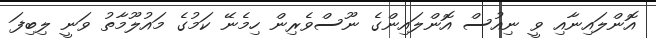
އޮންލައިނާއި ވީ ނިއުސް އޮންލައިންގެ ނޫސްވެރިން ހިމެނޭ ކަމުގެ މައުލޫމާތު ވަނީ ލިބިފަ